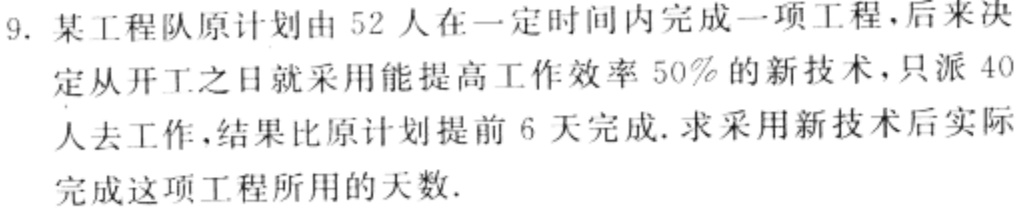
9. 某工程队原计划由 52 人在一定时间内完成一项工程，后来决定从开工之日就采用能提高工作效率 50% 的新技术，只派 40 人去工作，结果比原计划提前 6 天完成. 求采用新技术后实际完成这项工程所用的天数.